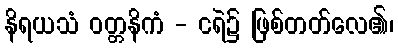
နိရယသံ ဝတ္တနိကံ - ငရဲ၌ ဖြစ်တတ်လေ၏၊